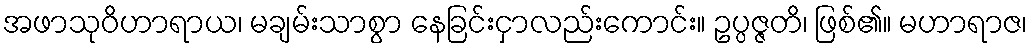
အဖာသုဝိဟာရာယ၊ မချမ်းသာစွာ နေခြင်းငှာလည်းကောင်း။ ဥပ္ပဇ္ဇတိ၊ ဖြစ်၏။ မဟာရာဇ၊